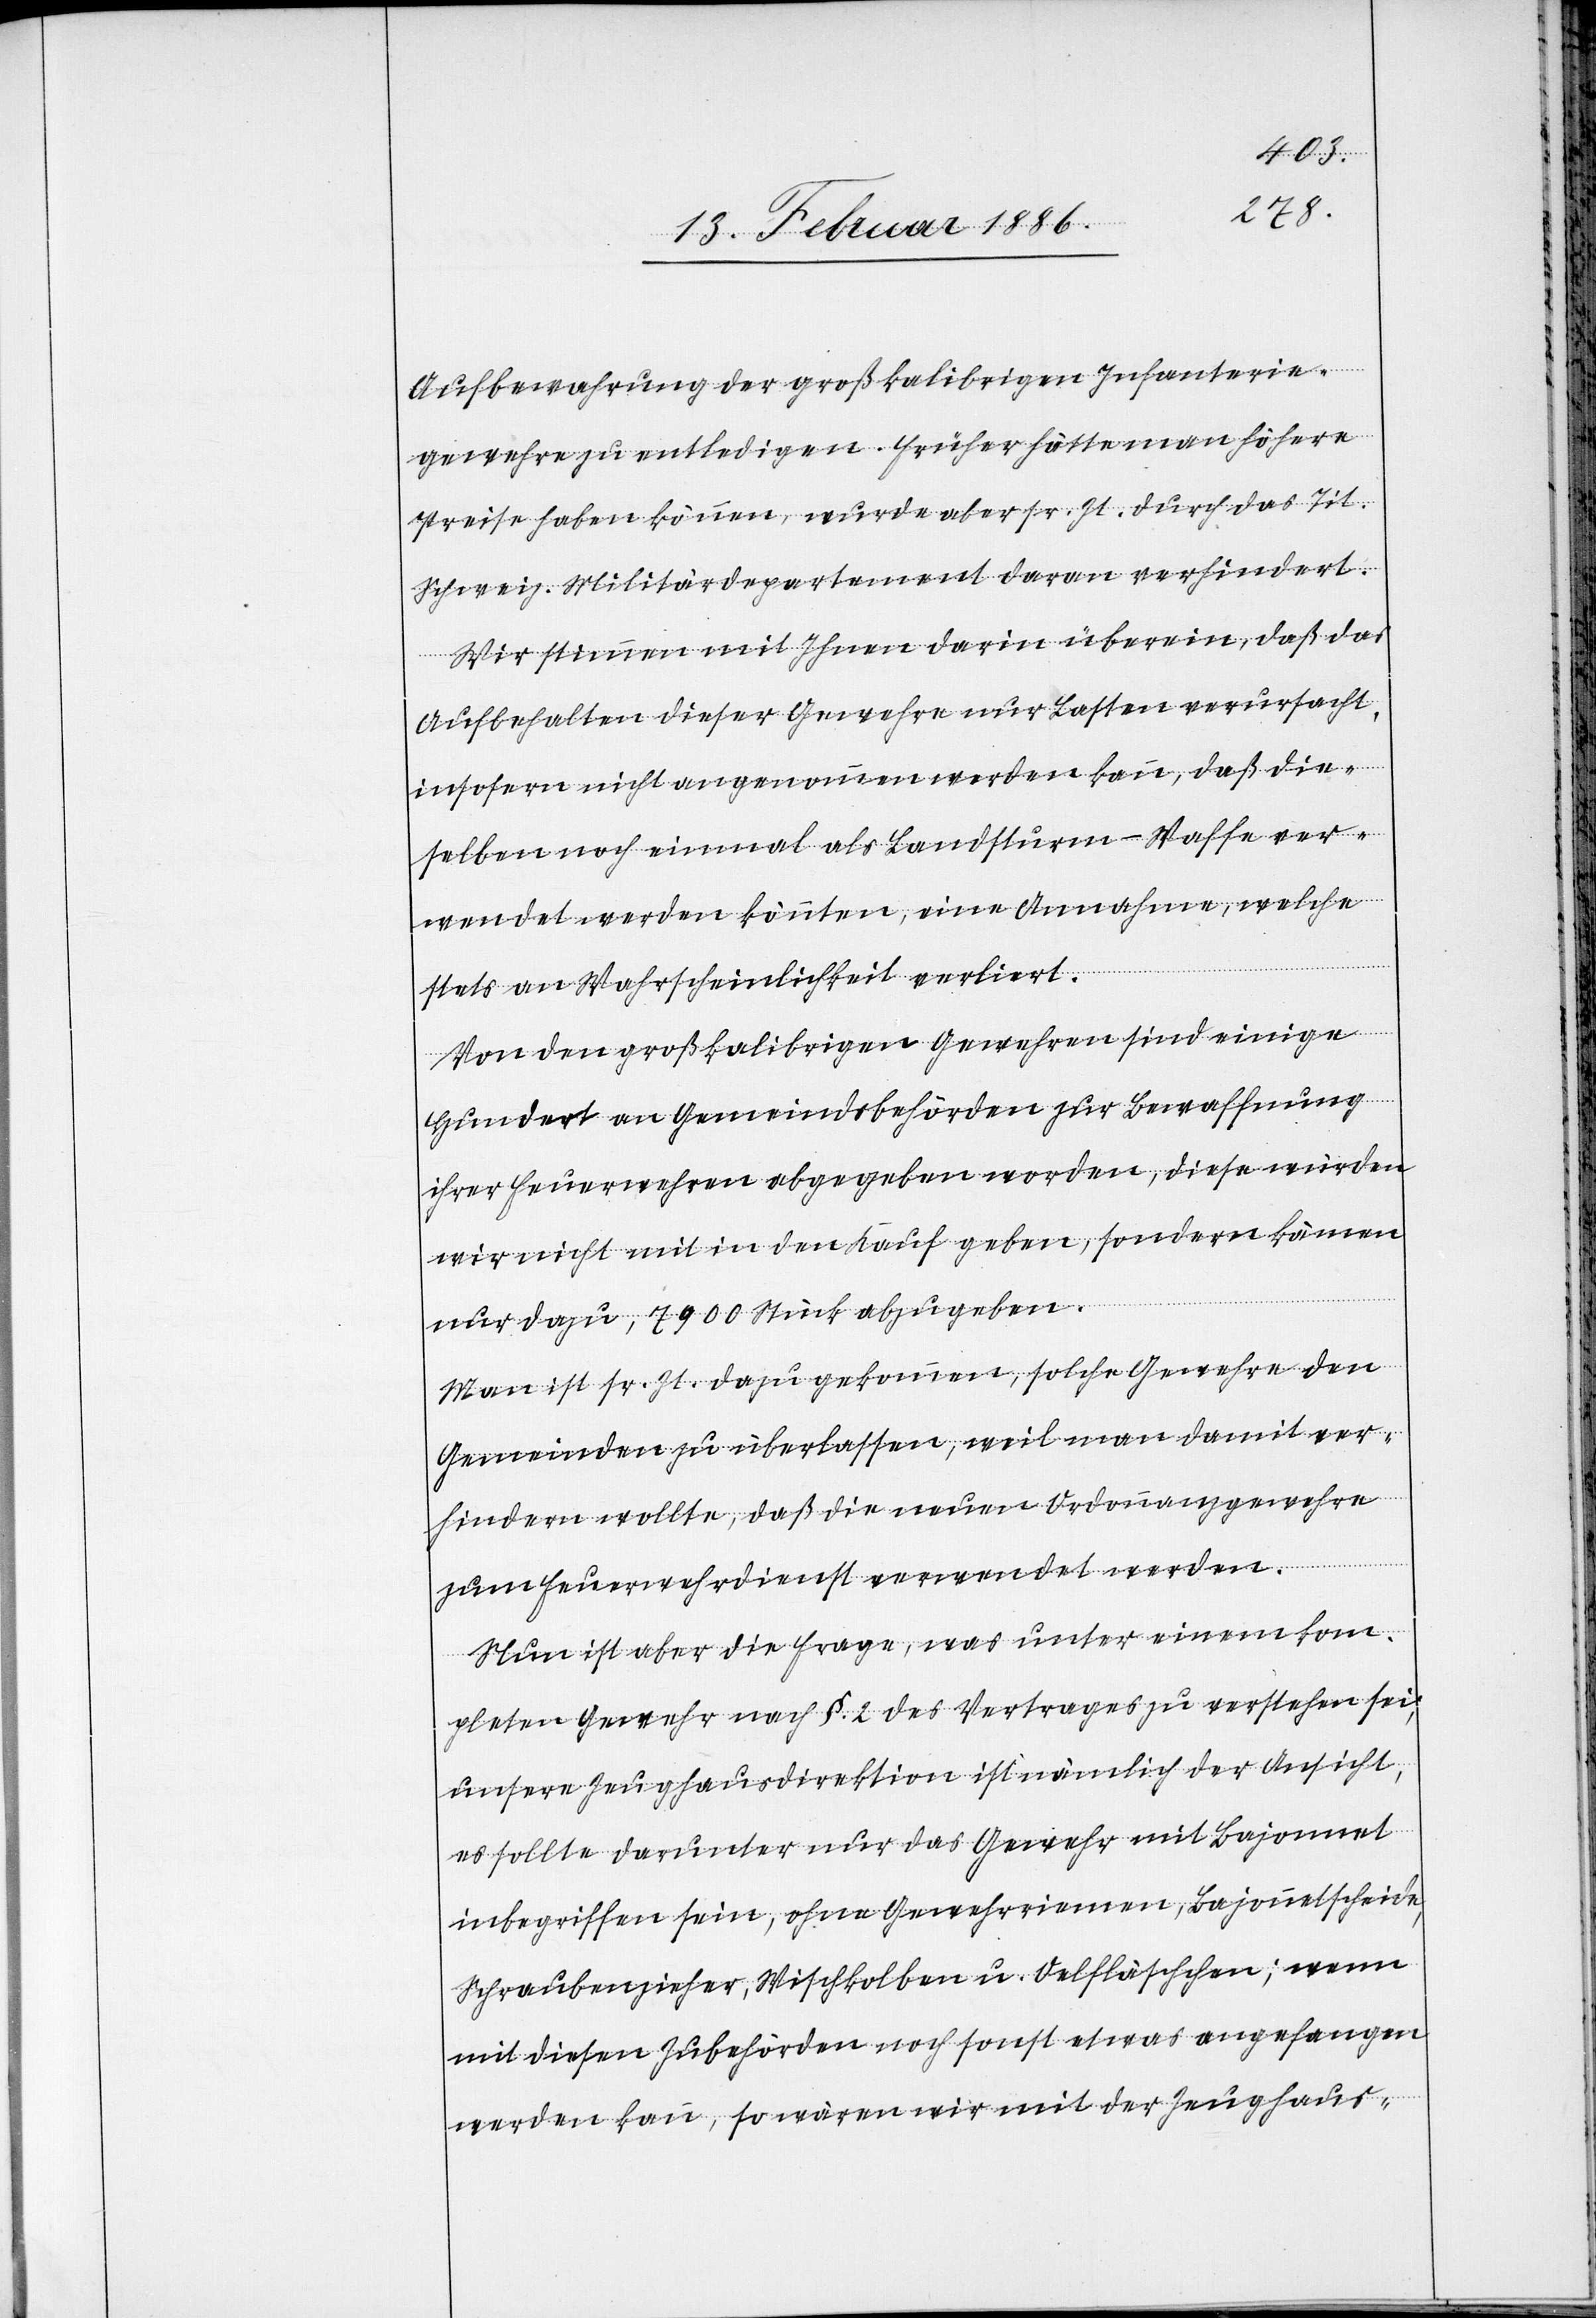
Aufbewahrung der großkalibrigen Infanterie¬
gewehre zu entledigen. Früher hätte man höhere
Preise haben können, wurde aber sr. Zt. durch das Tit.
Schweiz. Militärdepartement daran verhindert.
Wir stimmen mit Ihnen darin überein, daß das
Aufbehalten dieser Gewehre nur Lasten versursacht,
insofern nicht angenommen werden kann, daß die¬
selben noch einmal als Landsturm-Waffe ver¬
wendet werden könnten, eine Annahme, welche
stets an Wahrscheinlichkeit verliert.
Von den großkalibrigen Gewehren sind einige
hundert an Gemeindsbehörden zur Bewaffnung
ihrer Feuerwehren abgegeben worden, diese würden
wir nicht mit in den Kauf geben, sondern kämen
nur dazu, 7900 Stück abzugeben.
Man ist sr. Zt. dazu gekommen, solche Gewehre den
Gemeinden zu überlassen, weil man damit ver¬
hindern wollte, daß die neuen Ordnungsgewehre
zum Feuerwehrdienst verwendet werden.
Nun ist aber die Frage, was unter einem kom¬
pleten Gewehr nach §. 2 des Vertrages zu verstehen sei;
unsere Zeughausdirektion ist nämlich der Ansicht,
es sollte darunter nur das Gewehr mit Bajonnet
inbegriffen sein, ohne Gewehrriemen, Bajonnetscheide,
Schraubenzieher, Wischkolben u. Oelfläschchen; wenn
mit diesen Zubehörden noch sonst etwas angefangen
werden kann, so wären wir mit der Zeughaus-